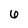
Character: 6